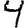
Digit: 4